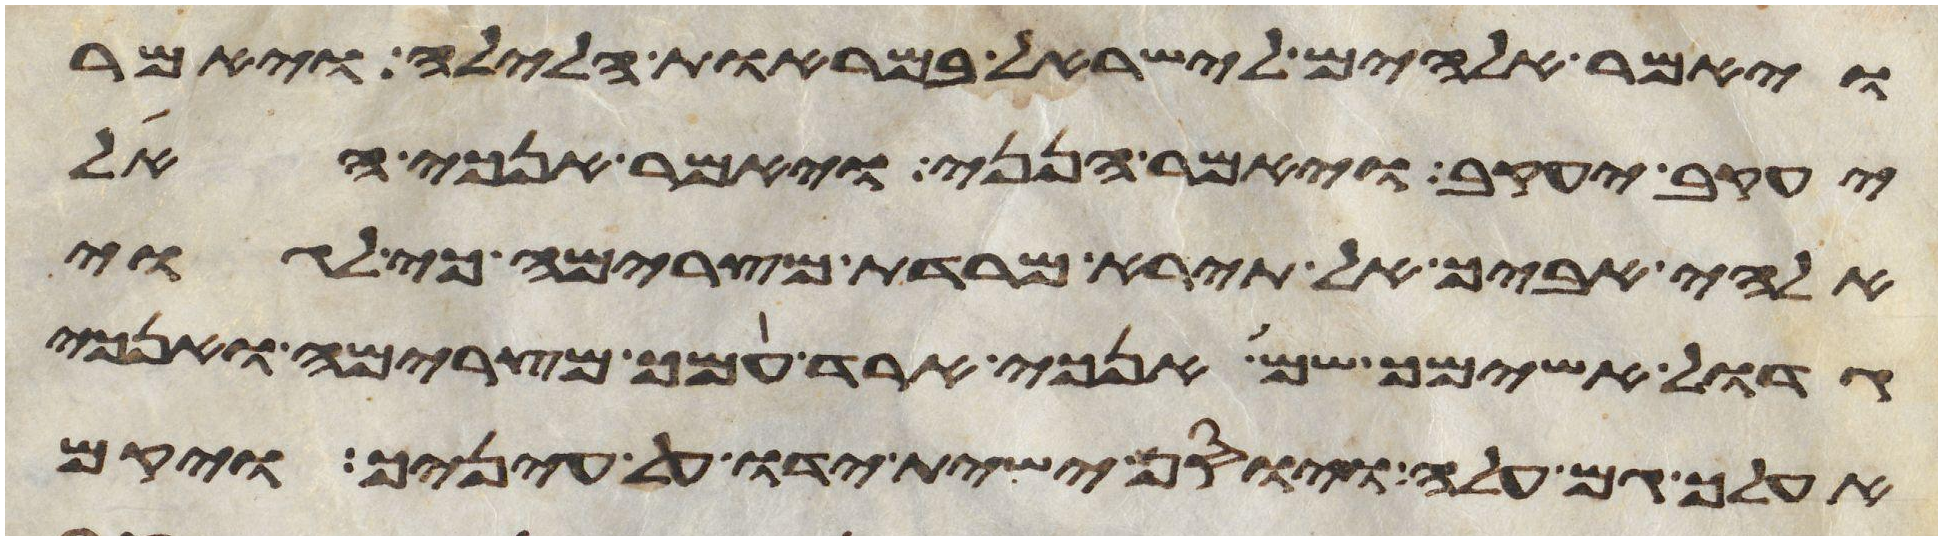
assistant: ויאמר אלהים לישראל במראות הלילה ויאמר
יעקב יעקב ויאמר הנני ויאמר אנכי האל
אלהי אביך אל תירא מרדת מצרימה כי לגוי
גדול אשימך שם אנכי ארד עמך מצרימה ואנכי
אעלך גם עלה ויוסף ישית ידיו על עיניך ויקם